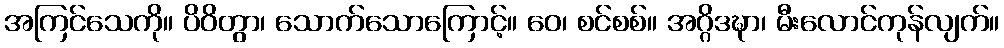
အကြင်သေကို။ ပိဝိတွာ၊ သောက်သောကြောင့်။ ဝေ၊ စင်စစ်။ အဂ္ဂိဒဍ္ဎာ၊ မီးလောင်ကုန်လျက်။